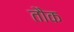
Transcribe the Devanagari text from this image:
तौक